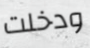
ودخلت